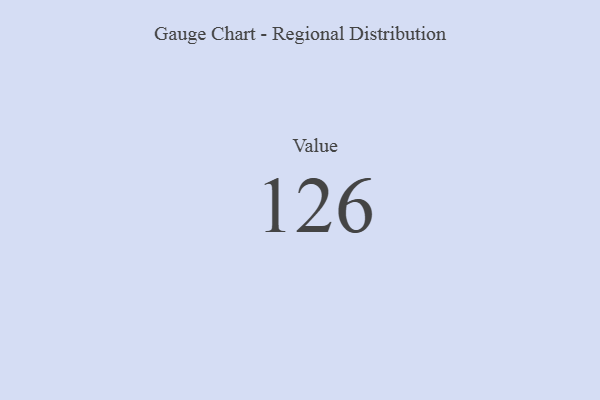
{"axis": {"x": "Metric", "y": "Value"}, "legend": [""], "data": [{"x": "Value", "y": 126, "type": ""}]}